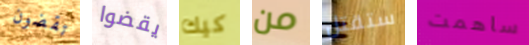
تقضون يقضوا كيك من ستقتل ساهمت